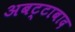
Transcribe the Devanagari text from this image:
अबट्टाबाद